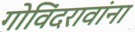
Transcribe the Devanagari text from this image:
गोविंदरावांना